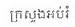
ក្រសួងអប់រំ